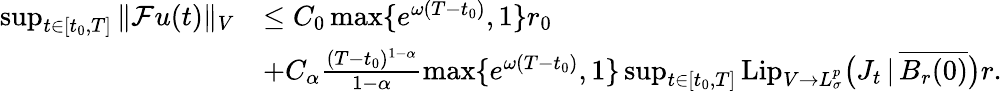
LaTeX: \begin{array}{rl}{\operatorname*{sup}_{t\in[t_{0},T]}\Vert\mathcal{F}u(t)\Vert_{V}}&{\leq C_{0}\operatorname*{max}\{ e^{\omega(T-t_{0})},1\} r_{0}}\\ &{+C_{\alpha}\frac{(T-t_{0})^{1-\alpha}}{1-\alpha}\operatorname*{max}\{ e^{\omega(T-t_{0})},1\} \operatorname*{sup}_{t\in[t_{0},T]}\mathrm{Lip}_{V\to L_{\sigma}^{p}}\big(J_{t}\, |\, \overline{{B_{r}(0)}}\big)r.}\end{array}